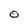
Character: 0